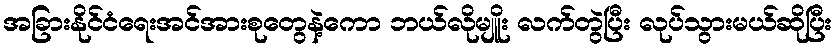
အခြားနိုင်ငံရေးအင်အားစုတွေနဲ့ကော ဘယ်လိုမျိူး လက်တွဲပြီး လုပ်သွားမယ်ဆိုပြီး